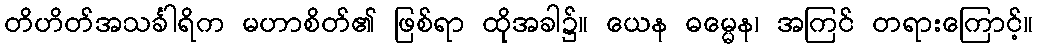
တိဟိတ်အသင်္ခါရိက မဟာစိတ်၏ ဖြစ်ရာ ထိုအခါ၌။ ယေန ဓမ္မေန၊ အကြင် တရားကြောင့်။